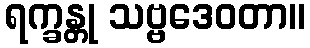
ရက္ခန္တု သဗ္ဗဒေဝတာ။